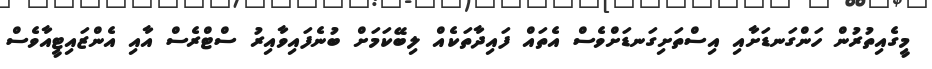
މީގެއިތުރުން ހަންގަނޑަށާއި އިސްތަށިގަނޑަށްވެސް އެތައް ފައިދާތަކެއް ލިބޭކަމަށް ބުނެފައިވާއިރު ސްޓްރެސް އާއި އެންޒައިޓީއާވެސް